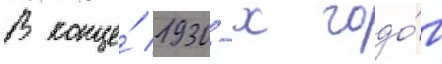
В конце́ 1930-х годо́в